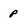
Character: P